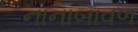
નાનાબાવળ